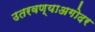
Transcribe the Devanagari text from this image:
उतरवण्याअगोदर